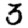
Digit: 3